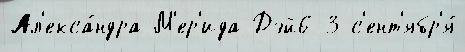
Ал'екса́ндра М'ер'ида Дэй6-3 с'ент'ябр'я́